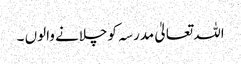
اللہ تعالیٰ مدرسہ کوچلانے والوں ۔